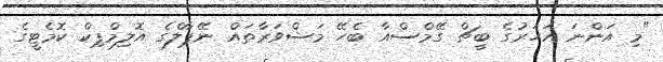
"މި އަންނަ އަހަރުގެ ބީޗް ގޭމްސްއާ ބެހޭ މަޝްވަރާތައް ނޭޕާލްގެ އޮލިމްޕިކް ކޮމެޓީގެ